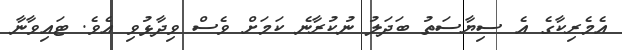
އެމެރިކާގެ އެ ސިޔާސަތު ބަދަލު ނުކުރާނެ ކަމަށް ވެސް ވިދާޅުވި އެވެ. ޓައިވާނާ